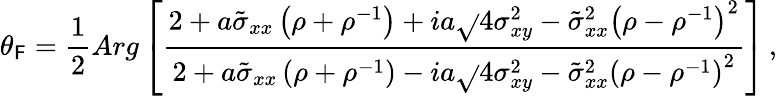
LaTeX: \theta_{\mathsf{F}}=\frac{{1}}{{2}}Arg\left[\frac{{2+a\tilde{{\sigma}}_{xx}\left(\rho+\rho^{-1}\right)+ia\sqrt{}{{4\sigma_{xy}^{2}-\tilde{{\sigma}}_{xx}^{2}\left(\rho-\rho^{-1}\right)^{2}}}}}{{2+a\tilde{{\sigma}}_{xx}\left(\rho+\rho^{-1}\right)-ia\sqrt{}{{4\sigma_{xy}^{2}-\tilde{{\sigma}}_{xx}^{2}\left(\rho-\rho^{-1}\right)^{2}}}}}\right]\, ,